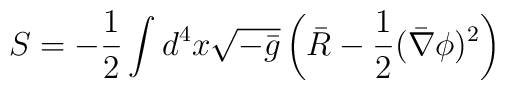
S = - \frac{1}{2} \int d^4 x \sqrt{- \bar{g}} \left( \bar{R} - \frac{1}{2} (\bar{\nabla} \phi)^2\right)